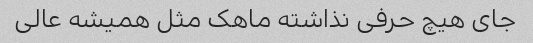
جای هیچ حرفی نذاشته ماهک مثل همیشه عالی